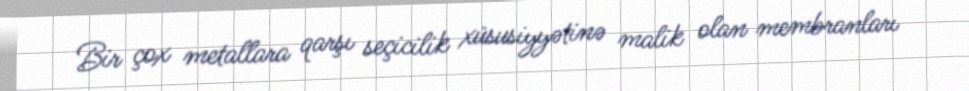
Bir çox metallara qarşı seçicilik xüsusiyyətinə malik olan membranları